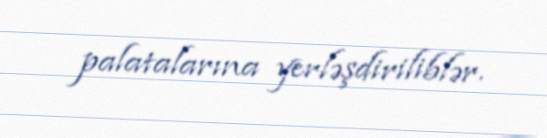
palatalarına yerləşdiriliblər.